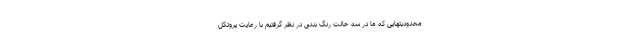
محدودیتهایی که ما در سه حالت رنگ بندی در نظر گرفتیم با رعایت پروتکل